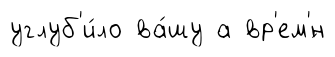
углуб'и́ло ва́шу а вр'ем'́н